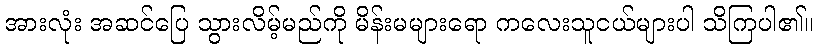
အားလုံး အဆင်ပြေ သွားလိမ့်မည်ကို မိန်းမများရော ကလေးသူငယ်များပါ သိကြပါ၏။